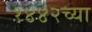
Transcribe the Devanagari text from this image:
१४४२च्या